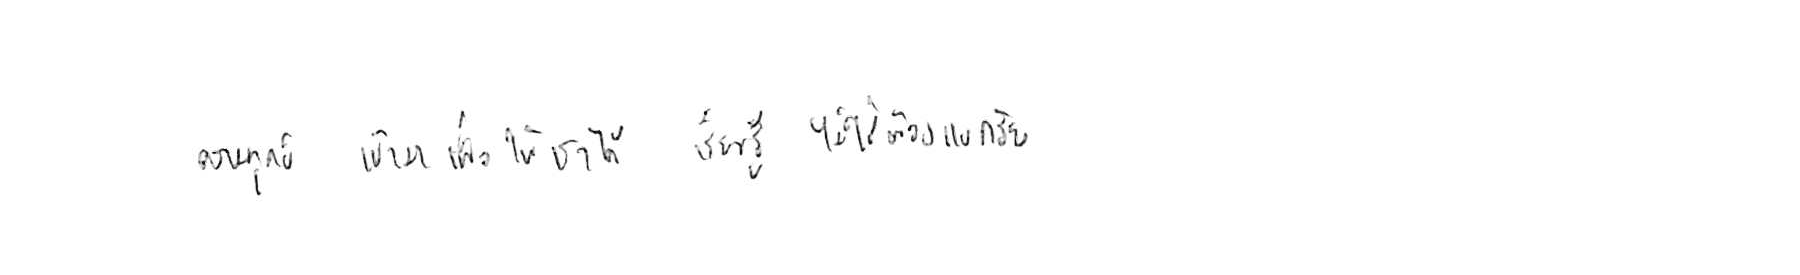
ความทุกข์ เข้ามาเพื่อให้เราได้ เรียนรู้ ไม่ใช่ต้อง แบกรับ